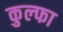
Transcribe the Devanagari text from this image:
कुल्‍फा